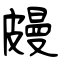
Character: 㿸